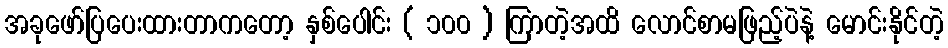
အခုဖော်ပြပေးထားတာကတော့ နှစ်ပေါင်း ( ၁၀၀ ) ကြာတဲ့အထိ လောင်စာမဖြည့်ပဲနဲ့ မောင်းနိုင်တဲ့